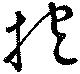
抱